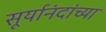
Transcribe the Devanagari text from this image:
सूर्यानंदांच्या